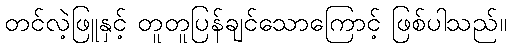
တင်လဲ့ဖြူနှင့် တူတူပြန်ချင်သောကြောင့် ဖြစ်ပါသည်။